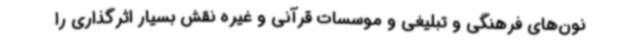
نون‌های فرهنگی و تبلیغی و موسسات قرآنی و غیره نقش بسیار اثرگذاری را